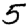
Digit: 5